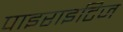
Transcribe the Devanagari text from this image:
पाइराइटिज